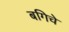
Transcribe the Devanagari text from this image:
बगिचे